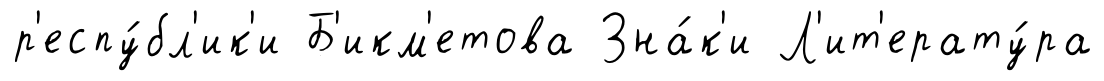
р'еспу́бл'ик'и Б'икм'етова Зна́к'и Л'ит'ерату́ра